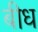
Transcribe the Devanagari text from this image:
बीध